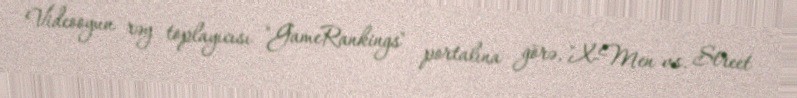
Videooyun rəy toplayıcısı "GameRankings" portalına görə, "X-Men vs. Street